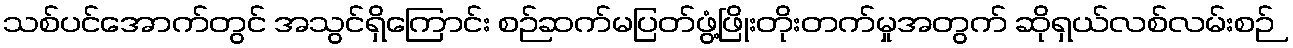
သစ်ပင်အောက်တွင် အသွင်ရှိကြောင်း စဉ်ဆက်မပြတ်ဖွံ့ဖြိုးတိုးတက်မှုအတွက် ဆိုရှယ်လစ်လမ်းစဉ်